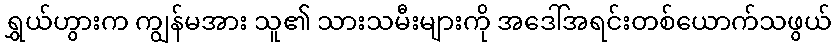
ရွှယ်ဟွားက ကျွန်မအား သူ၏ သားသမီးများကို အဒေါ်အရင်းတစ်ယောက်သဖွယ်